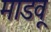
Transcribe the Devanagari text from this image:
माडवू